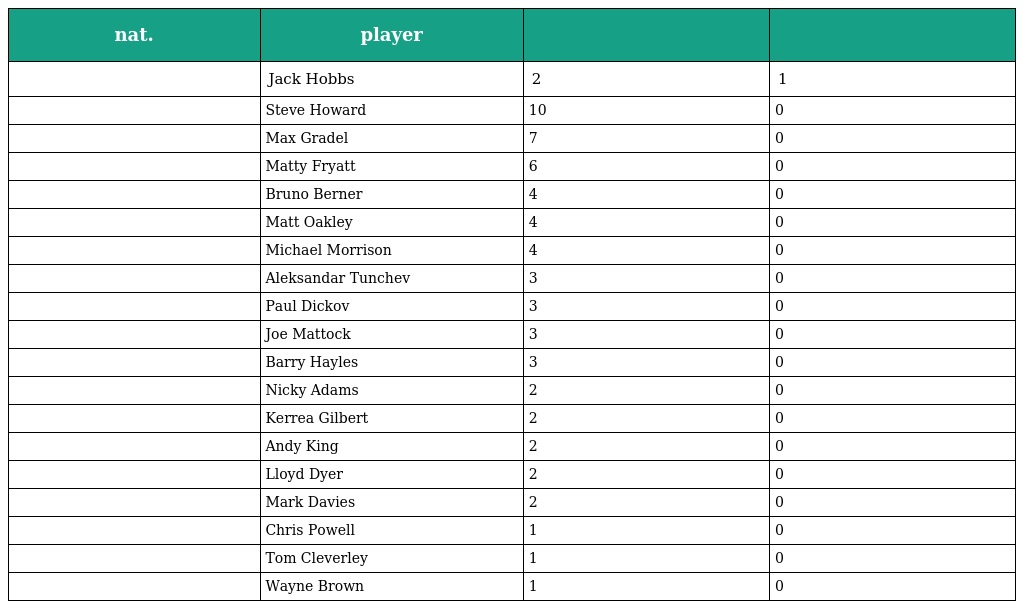
| nat. | player |  |  |
 | --- | --- | --- | --- |
 |  | Jack Hobbs | 2 | 1 |
 |  | Steve Howard | 10 | 0 |
 |  | Max Gradel | 7 | 0 |
 |  | Matty Fryatt | 6 | 0 |
 |  | Bruno Berner | 4 | 0 |
 |  | Matt Oakley | 4 | 0 |
 |  | Michael Morrison | 4 | 0 |
 |  | Aleksandar Tunchev | 3 | 0 |
 |  | Paul Dickov | 3 | 0 |
 |  | Joe Mattock | 3 | 0 |
 |  | Barry Hayles | 3 | 0 |
 |  | Nicky Adams | 2 | 0 |
 |  | Kerrea Gilbert | 2 | 0 |
 |  | Andy King | 2 | 0 |
 |  | Lloyd Dyer | 2 | 0 |
 |  | Mark Davies | 2 | 0 |
 |  | Chris Powell | 1 | 0 |
 |  | Tom Cleverley | 1 | 0 |
 |  | Wayne Brown | 1 | 0 |